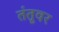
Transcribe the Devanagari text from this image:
तंतूवर